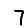
Digit: 7